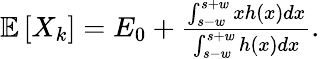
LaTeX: \begin{array}{r}{\mathbb{E}\left[X_{k}\right]=E_{0}+\frac{\int_{s-w}^{s+w}xh(x)dx}{\int_{s-w}^{s+w}h(x)dx}.}\end{array}